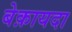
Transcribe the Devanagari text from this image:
बेक़ायदा